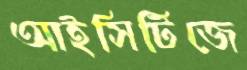
আইসিটিজে